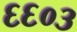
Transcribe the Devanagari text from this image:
६६०३